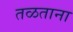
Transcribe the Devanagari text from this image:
तळताना